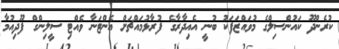
ކުރެންދޫ ކައުންސިލްގެ މުވައްޒަފަކު ބުނީ އެއިދާރާގެ ފުރާޅުމައްޗަށް އެންޓަނާ ވެއްޓި ސީލިންގް ފޫދިއުމާ